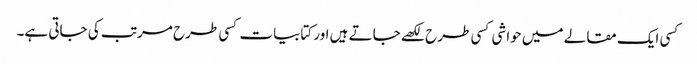
کسی ایک مقالے میں حواشی کسی طرح لکھے جاتے ہیں اور کتابیات کسی طرح مرتب کی جاتی ہے۔